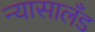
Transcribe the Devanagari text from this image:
न्यासालँड